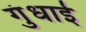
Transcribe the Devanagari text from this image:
गुंधाई